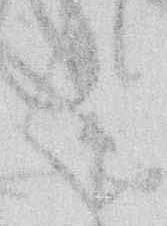
く